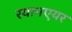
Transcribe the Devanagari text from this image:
रयानएयर